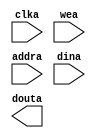
module data_mem(
	clka,
	wea,
	addra,
	dina,
	douta);


input clka;
input [0 : 0] wea;
input [5 : 0] addra;
input [31 : 0] dina;
output [31 : 0] douta;

// synthesis translate_off

      BLK_MEM_GEN_V4_3 #(
		.C_ADDRA_WIDTH(6),
		.C_ADDRB_WIDTH(6),
		.C_ALGORITHM(1),
		.C_BYTE_SIZE(9),
		.C_COMMON_CLK(0),
		.C_DEFAULT_DATA("0"),
		.C_DISABLE_WARN_BHV_COLL(0),
		.C_DISABLE_WARN_BHV_RANGE(0),
		.C_FAMILY("spartan3"),
		.C_HAS_ENA(0),
		.C_HAS_ENB(0),
		.C_HAS_INJECTERR(0),
		.C_HAS_MEM_OUTPUT_REGS_A(0),
		.C_HAS_MEM_OUTPUT_REGS_B(0),
		.C_HAS_MUX_OUTPUT_REGS_A(0),
		.C_HAS_MUX_OUTPUT_REGS_B(0),
		.C_HAS_REGCEA(0),
		.C_HAS_REGCEB(0),
		.C_HAS_RSTA(0),
		.C_HAS_RSTB(0),
		.C_HAS_SOFTECC_INPUT_REGS_A(0),
		.C_HAS_SOFTECC_OUTPUT_REGS_B(0),
		.C_INITA_VAL("0"),
		.C_INITB_VAL("0"),
		.C_INIT_FILE_NAME("data_mem.mif"),
		.C_LOAD_INIT_FILE(1),
		.C_MEM_TYPE(0),
		.C_MUX_PIPELINE_STAGES(0),
		.C_PRIM_TYPE(1),
		.C_READ_DEPTH_A(64),
		.C_READ_DEPTH_B(64),
		.C_READ_WIDTH_A(32),
		.C_READ_WIDTH_B(32),
		.C_RSTRAM_A(0),
		.C_RSTRAM_B(0),
		.C_RST_PRIORITY_A("CE"),
		.C_RST_PRIORITY_B("CE"),
		.C_RST_TYPE("SYNC"),
		.C_SIM_COLLISION_CHECK("ALL"),
		.C_USE_BYTE_WEA(0),
		.C_USE_BYTE_WEB(0),
		.C_USE_DEFAULT_DATA(0),
		.C_USE_ECC(0),
		.C_USE_SOFTECC(0),
		.C_WEA_WIDTH(1),
		.C_WEB_WIDTH(1),
		.C_WRITE_DEPTH_A(64),
		.C_WRITE_DEPTH_B(64),
		.C_WRITE_MODE_A("WRITE_FIRST"),
		.C_WRITE_MODE_B("WRITE_FIRST"),
		.C_WRITE_WIDTH_A(32),
		.C_WRITE_WIDTH_B(32),
		.C_XDEVICEFAMILY("spartan3"))
	inst (
		.CLKA(clka),
		.WEA(wea),
		.ADDRA(addra),
		.DINA(dina),
		.DOUTA(douta),
		.RSTA(),
		.ENA(),
		.REGCEA(),
		.CLKB(),
		.RSTB(),
		.ENB(),
		.REGCEB(),
		.WEB(),
		.ADDRB(),
		.DINB(),
		.DOUTB(),
		.INJECTSBITERR(),
		.INJECTDBITERR(),
		.SBITERR(),
		.DBITERR(),
		.RDADDRECC());


// synthesis translate_on

// XST black box declaration
// box_type "black_box"
// synthesis attribute box_type of data_mem is "black_box"

endmodule